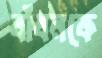
বাঁধনকে